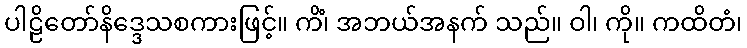
ပါဠိတော်နိဒ္ဒေသစကားဖြင့်။ ကိံ၊ အဘယ်အနက် သည်။ ဝါ၊ ကို။ ကထိတံ၊